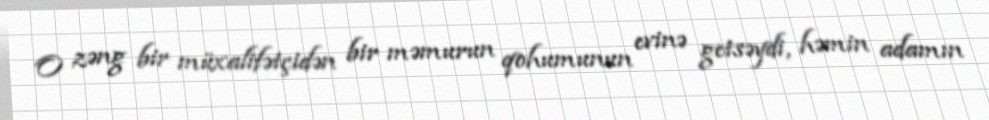
O zəng bir müxalifətçidən bir məmurun qohumunun evinə getsəydi, həmin adamın